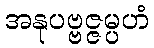
အနုပဗ္ဗဇ္ဇမ္ပဟံ